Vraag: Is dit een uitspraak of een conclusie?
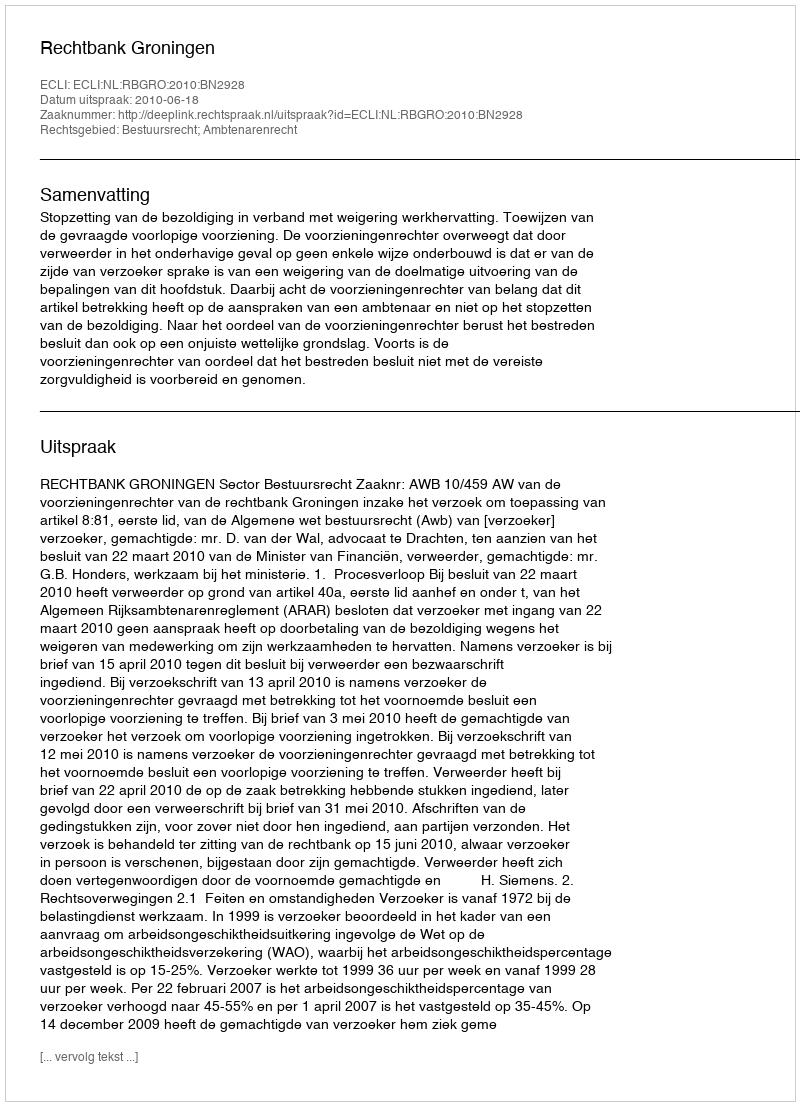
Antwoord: Uitspraak